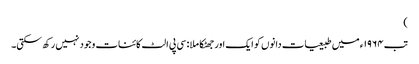
)
تب ١٩٦٤ء میں طبیعیات دانوں کو ایک اور جھٹکا ملا : سی پی الٹ کائنات وجود نہیں رکھ سکتی۔